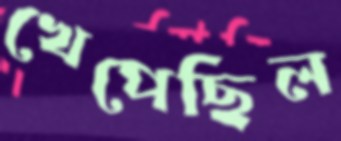
খেপেছিল